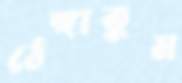
ঠেঙ্গাতুম